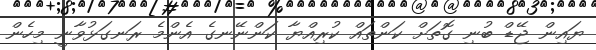
ޔައިން ޖޭޑް ބުނި ގޮތަށް ކަންތައް ކުރިއްޔާ ކަންނޭނގެ އެންމެ ރަނގަޅުވާނީ މިހެން